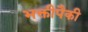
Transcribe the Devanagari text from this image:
भक्तीपैकी